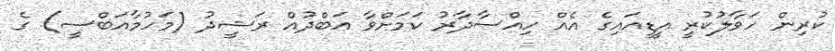
ކުރިން ހަވާލުކުރީ އީޑީއައިގެ އެއް ހިއްސާދާރު ކަމަށްވާ އަބްދުއް ރަޝީދު (މަހުމާއަބްސީ) ގެ